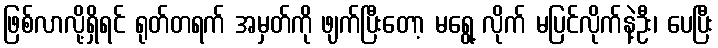
ဖြစ်လာလို့ရှိရင် ရုတ်တရက် အမှတ်ကို ဖျက်ပြီးတော့ မရွေ့ လိုက် မပြင်လိုက်နဲ့ဦး၊ ပေပြီး